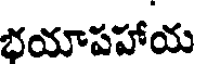
భయాపహాయ